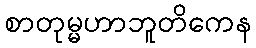
စာတုမ္မဟာဘူတိကေန